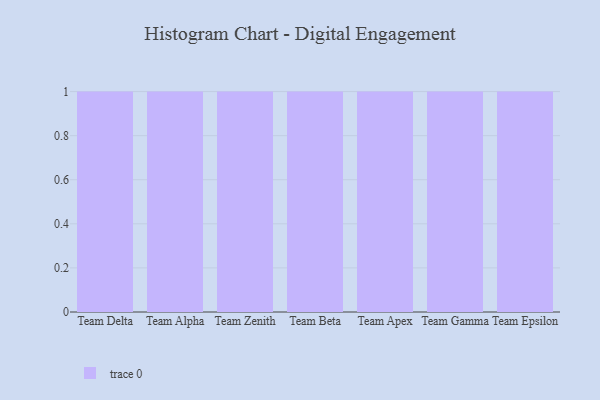
{"axis": {"x": "Team", "y": "Temperature (°C)"}, "legend": [""], "data": [{"x": "Team Delta", "y": 95, "type": ""}, {"x": "Team Alpha", "y": 75, "type": ""}, {"x": "Team Zenith", "y": 62, "type": ""}, {"x": "Team Beta", "y": 22, "type": ""}, {"x": "Team Apex", "y": 45, "type": ""}, {"x": "Team Gamma", "y": 24, "type": ""}, {"x": "Team Epsilon", "y": 28, "type": ""}]}